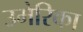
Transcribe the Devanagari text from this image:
उमेरिका